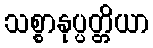
သစ္စာနုပ္ပတ္တိယာ